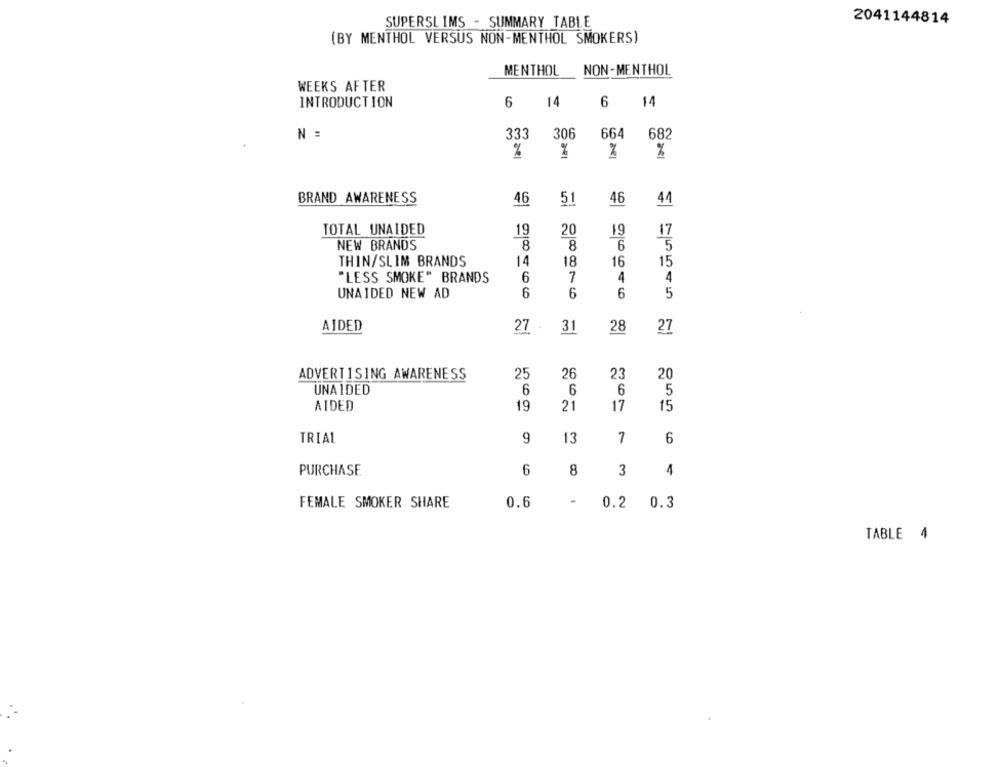
SUPERSLIMS - SUMMARY TABLE
2041144814
(BY MENTHOL VERSUS NON-MENTHOL SMOKERS)
NON-MENTHOL
MENTHOL
WEEKS AFTER
INTRODUCTION
6
14
6 14
N =
333
306
664 682
%
%
%
BRAND AWARENESS
44
46
51
46
TOTAL UNAIDED
19
20
19
17
NEW BRANDS
8
8
6
5
THIN/SLIM BRANDS
14
18
15
16
4
"LESS SMOKE" BRANDS
6
7
4
UNAIDED NEW AD
6
6
6
5
AIDED
27
3
28
27
ADVERTISING AWARENESS
25
26
23
20
UNA IDED
6
6
6
5
AIDED
19
21
17
15
TRIAL
9
13
7
6
PURCHASE
6
8
3
4
FEMALE SMOKER SHARE
0.6
0.2 0.3
TABLE 4